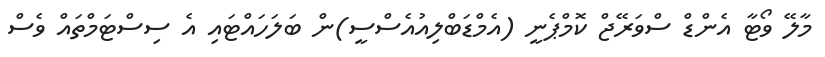
މާލޭ ވޯޓާ އެންޑް ސްވަރޭޖް ކޮމްޕެނީ (އެމްޑަބްލިއުއެސްސީ)ން ބަލަހައްޓައި އެ ސިސްޓަމްތައް ވެސް